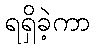
ရရှိခဲ့ကာ